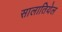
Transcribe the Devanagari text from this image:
सालातियेल